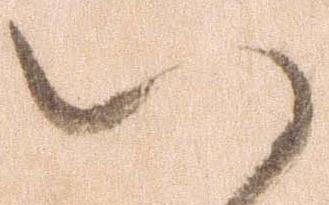
い